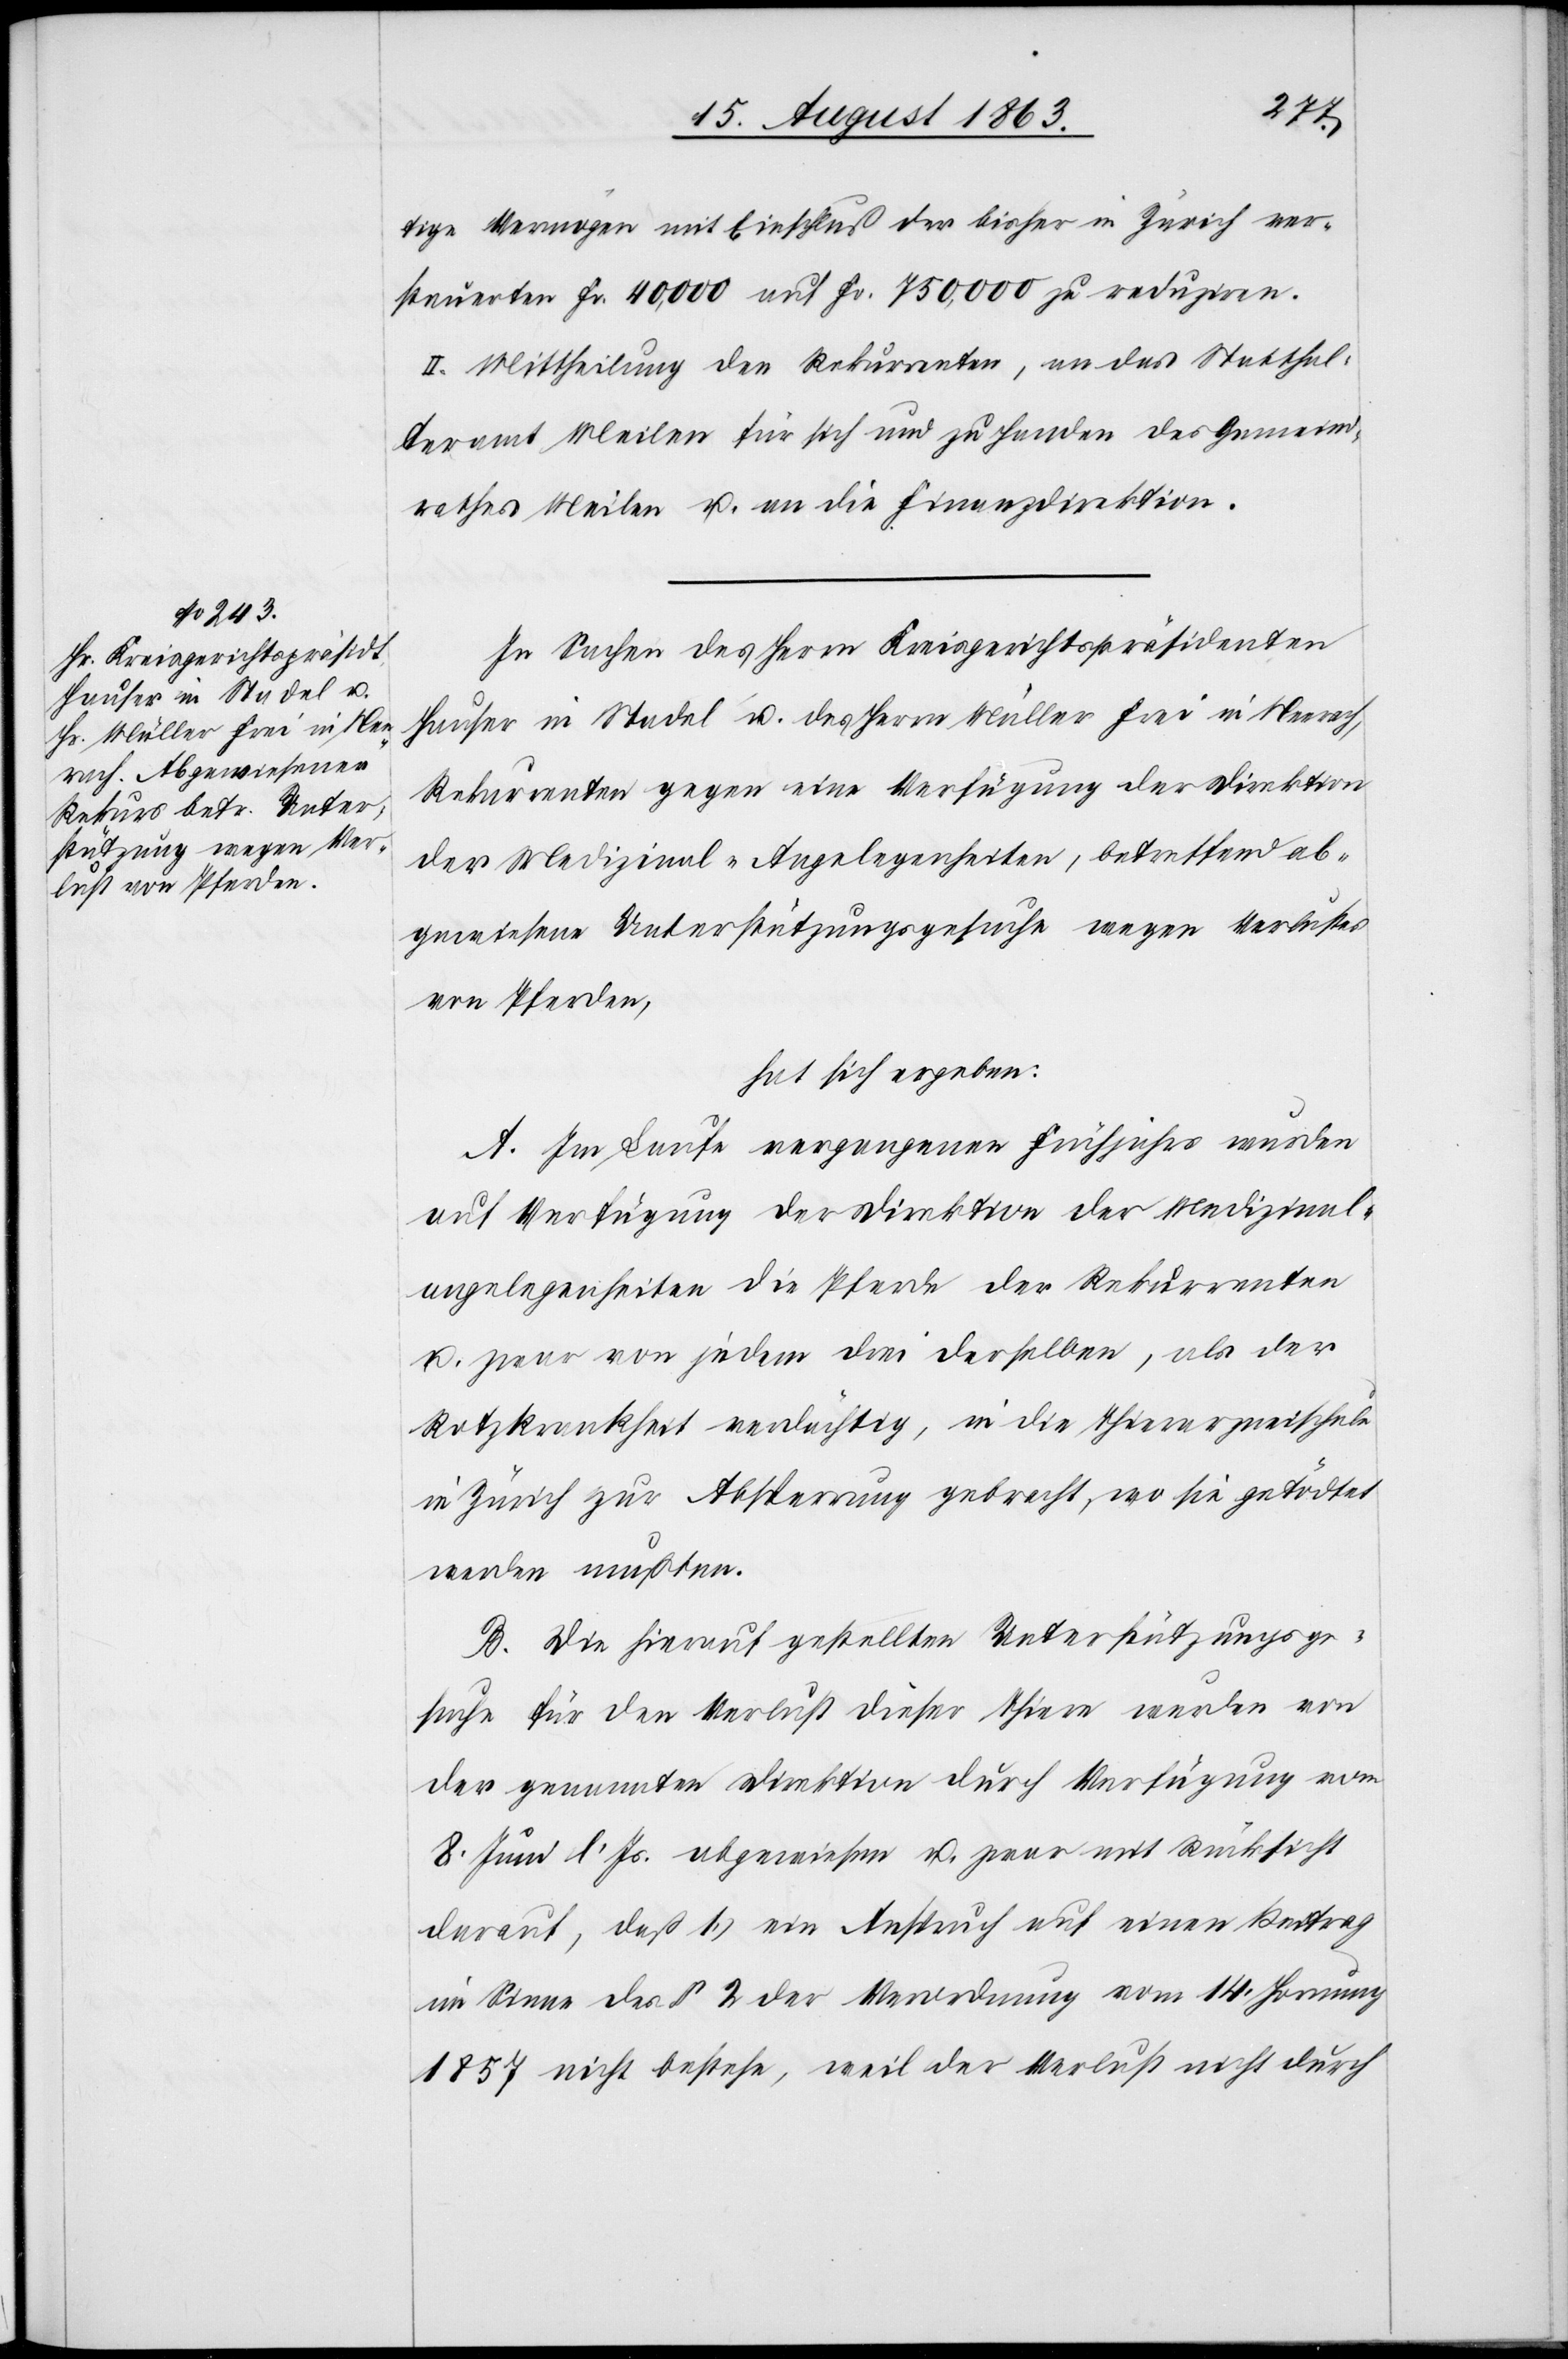
tige Vermögen mit Einschluß der bisher in Zürich ver¬
steuerten Fr. 40,000 auf Fr. 750,000 zu reduziren.
II. Mittheilung den Rekurrenten, an das Statthal¬
teramt Meilen für sich und zu Handen des Gemeind¬
rathes Meilen u. an die Finanzdirektion.
In Sachen des Herrn Kreisgerichtspräsidenten
Hauser in Stadel u. des Herrn Müller Frei in Neerach,
Rekurrenten gegen eine Verfügung der Direktion
der Medizinal-Angelegenheiten, betreffend ab¬
gewiesene Unterstützungsgesuche wegen Verlustes
von Pferden,
hat sich ergeben:
A. Im Laufe vergangenen Frühjahrs wurden
auf Verfügung der Direktion der Medizinal¬
angelegenheiten die Pferde der Rekurrenten
u. zwar von jedem drei derselben, als der
Rotzkrankheit verdächtig, in die Thierarzneischule
in Zürich zur Absperrung gebracht, wo sie getödtet
werden mußten.
B. Die hierauf gestellten Unterstützungsge¬
suche für den Verlust dieser Thiere wurden von
der genannten Direktion durch Verfügung vom
8. Juni l. Js. abgewiesen u. zwar mit Rücksicht
darauf, daß 1.) ein Anspruch auf einen Beitrag
im Sinne des § 2 der Verordnung vom 14. Hornung
1857 nicht bestehe, weil der Verlust nicht durch